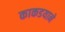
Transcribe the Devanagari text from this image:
काकडयाने